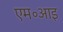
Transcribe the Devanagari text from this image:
एम॰आइ